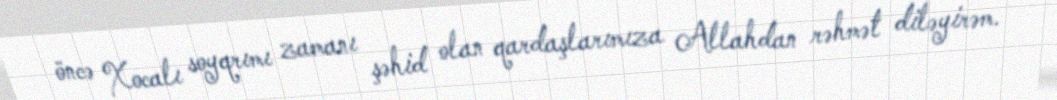
öncə Xocalı soyqrımı zamanı şəhid olan qardaşlarımıza Allahdan rəhmət diləyirəm.